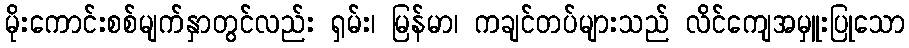
မိုးကောင်းစစ်မျက်နှာတွင်လည်း ရှမ်း၊ မြန်မာ၊ ကချင်တပ်များသည် လိင်ကျေအမှူးပြုသော